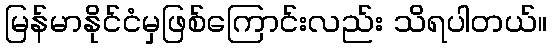
မြန်မာနိုင်ငံမှဖြစ်ကြောင်းလည်း သိရပါတယ်။